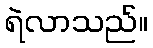
ရဲလာသည်။